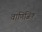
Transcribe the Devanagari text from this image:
वाणिजिक